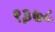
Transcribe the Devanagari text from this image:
९३७८